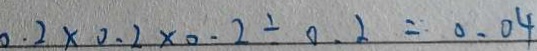
0 . 2 \times 0 . 2 \times 0 . 2 \div 0 . 2 = 0 . 0 4